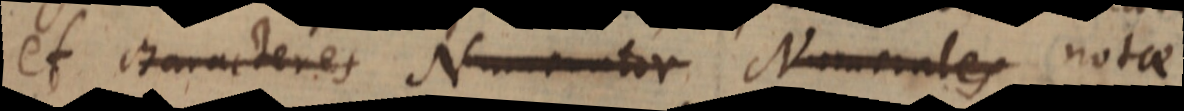
et characteres Numerator Numerales notae